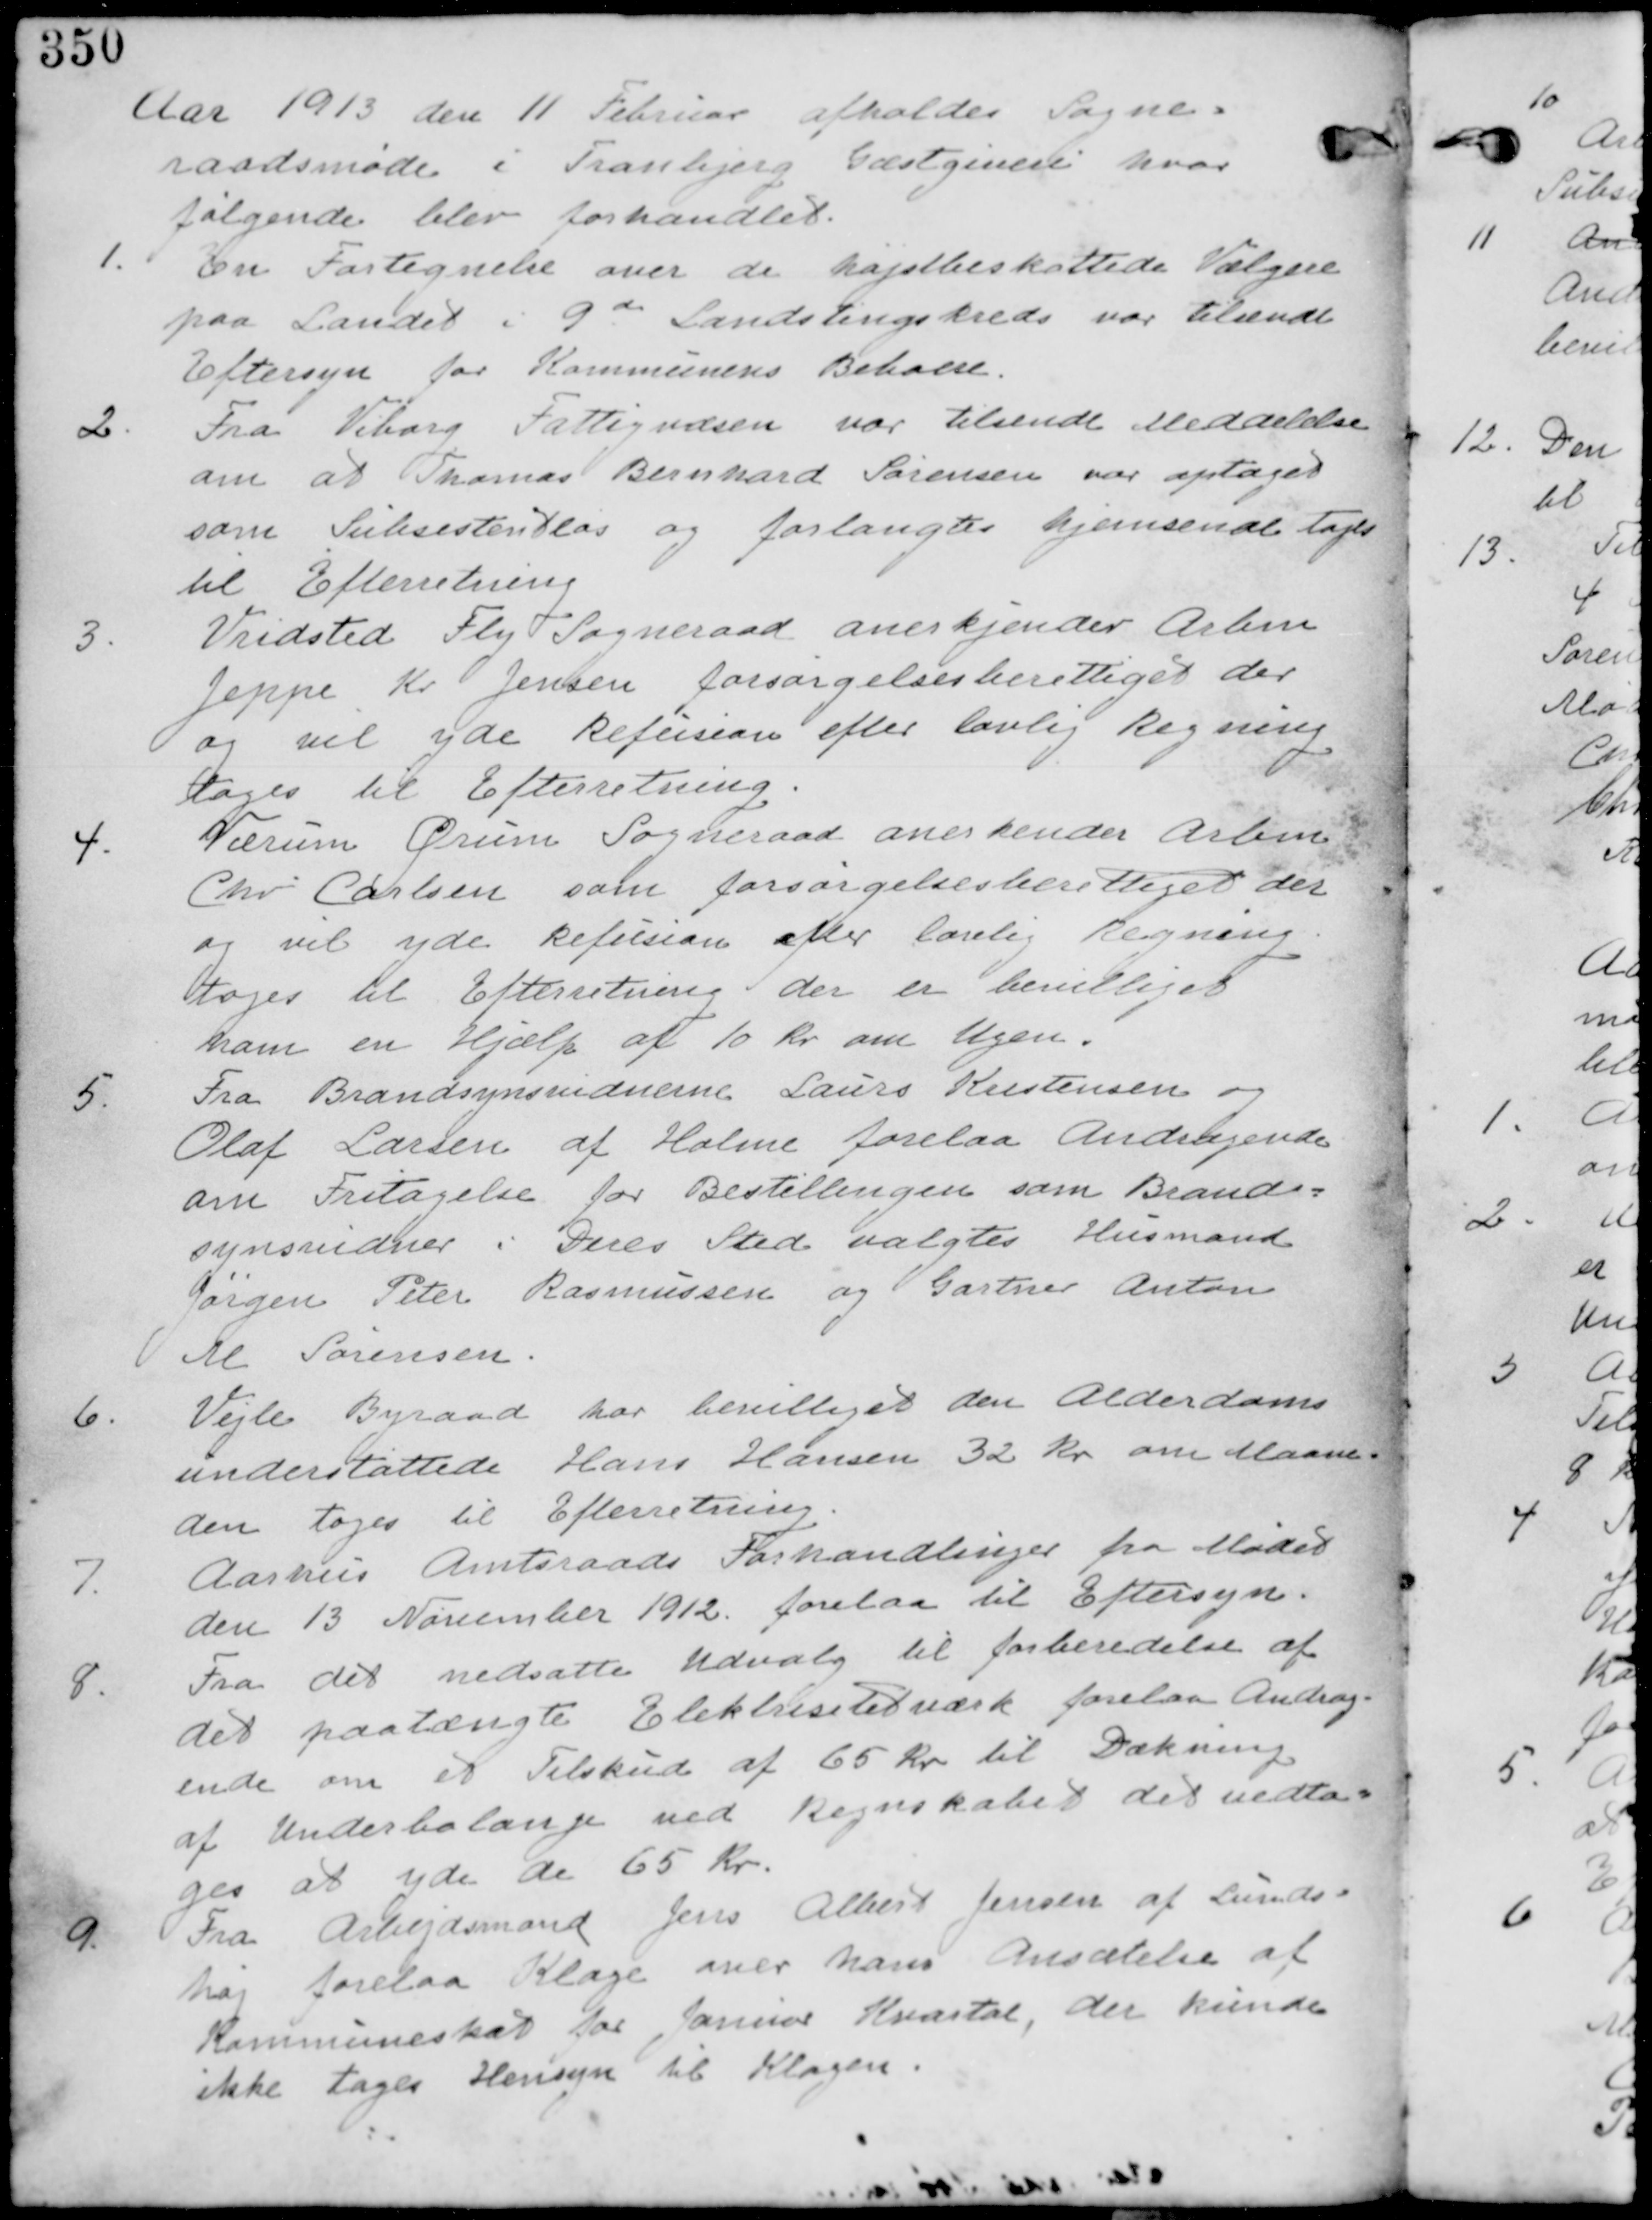
Transskription:
Aar 1913 den 11. Februar afholdes Sogne-
raadsmøde i Tranbjerg Gæstgiveri hvor
følgende blev forhandlet.

1. En Fortegnelse over de højstbeskattede Vælgere
paa Landet i 9th Landtingskreds var tilsendt
Eftersyn for Kommunens Beboere.

2. Fra Viborg Fattigvæsen var tilsendt Meddelelse
om at Thomas Bernhard Sørensen var optaget
som Subsistentløs og forlangtes hjemsendt tages
til Efterretning.

3. Vridsted Fly Sogneraad anerkjender Arbm
Jeppe Kr Jensen forsørgelsesberettiget der
og vil yde Refusion efter lovlig Regning
tages til Efterretning

4. Værum Ørum Sogneraad anerkender Arbm
Chr Carlsen som forsørgelsesberettiget der
og vil yde refusion efter lovlig Regning
tages til Efterretning der er bevilliget
ham en Hjælp på 10 Kr om Ugen.

5. Fra Brandsynsvidnerne Laust Kristensen og
Olaf Larsen af Holme forelaa andragende
om Fritagelse for Bestillingen som Brand-
synsvidner i Deres Sted valgtes Husmand
Jørgen Peter Rasmussen og Gartner Anton
M Sørensen.

6. Vejle Byraad har bevilliget den Alderdoms-
understøttede Hans Hansen 32 Kr om Maane-
den tages til Efterretning.

7. Aarhus Amtsraads Forhandlinger fra Mødet
den 13 November 1912 forelaa til Eftersyn.

8. Fra det nedsatte Udvalg til forberedelse af
det paatængte Elektricitetsværk forelaa Andrag-
ende om et Tilskud af 65 Kr til Dækning
af Underbalange med Regnskabet det vedta-
ges at yde de 65 Kr.

9. Fra Arbejdsmand Jens Albert Jensen af Lunds-
høj forelaa Klage over hans Ansætelse af
Kommuneskat for Januar Kvartal, der kunne
ikke tages Hensyn til Klagen.